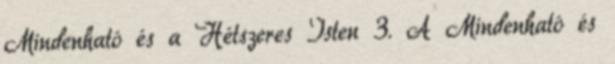
Mindenható és a Hétszeres Isten 3. A Mindenható és